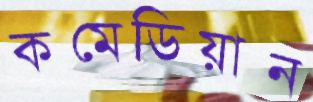
কমেডিয়ান